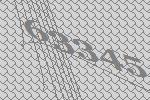
63345